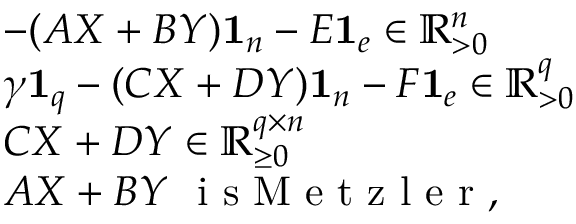
\begin{array} { r l } & { - ( A X + B Y ) \mathbf { 1 } _ { n } - E \mathbf { 1 } _ { e } \in \mathbb { R } _ { > 0 } ^ { n } } \\ & { \gamma \mathbf { 1 } _ { q } - ( C X + D Y ) \mathbf { 1 } _ { n } - F \mathbf { 1 } _ { e } \in \mathbb { R } _ { > 0 } ^ { q } } \\ & { C X + D Y \in \mathbb { R } _ { \geq 0 } ^ { q \times n } } \\ & { A X + B Y \ \textrm { i s M e t z l e r } , } \end{array}